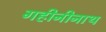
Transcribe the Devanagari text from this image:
गहीनीनाथ